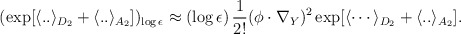
\begin{align*}(\exp[ \langle .. \rangle_{D_2} + \langle .. \rangle_{A_2} ])_{\log \epsilon}\approx (\log \epsilon) \, {1 \over 2!} (\phi \cdot \nabla_Y)^2 \exp[{\langle \cdots \rangle_{D_2}} + \langle .. \rangle_{A_2}] .\end{align*}